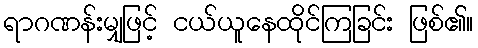
ရာဂဏန်းမျှဖြင့် ငယ်ယူနေထိုင်ကြခြင်း ဖြစ်၏။